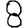
Digit: 8